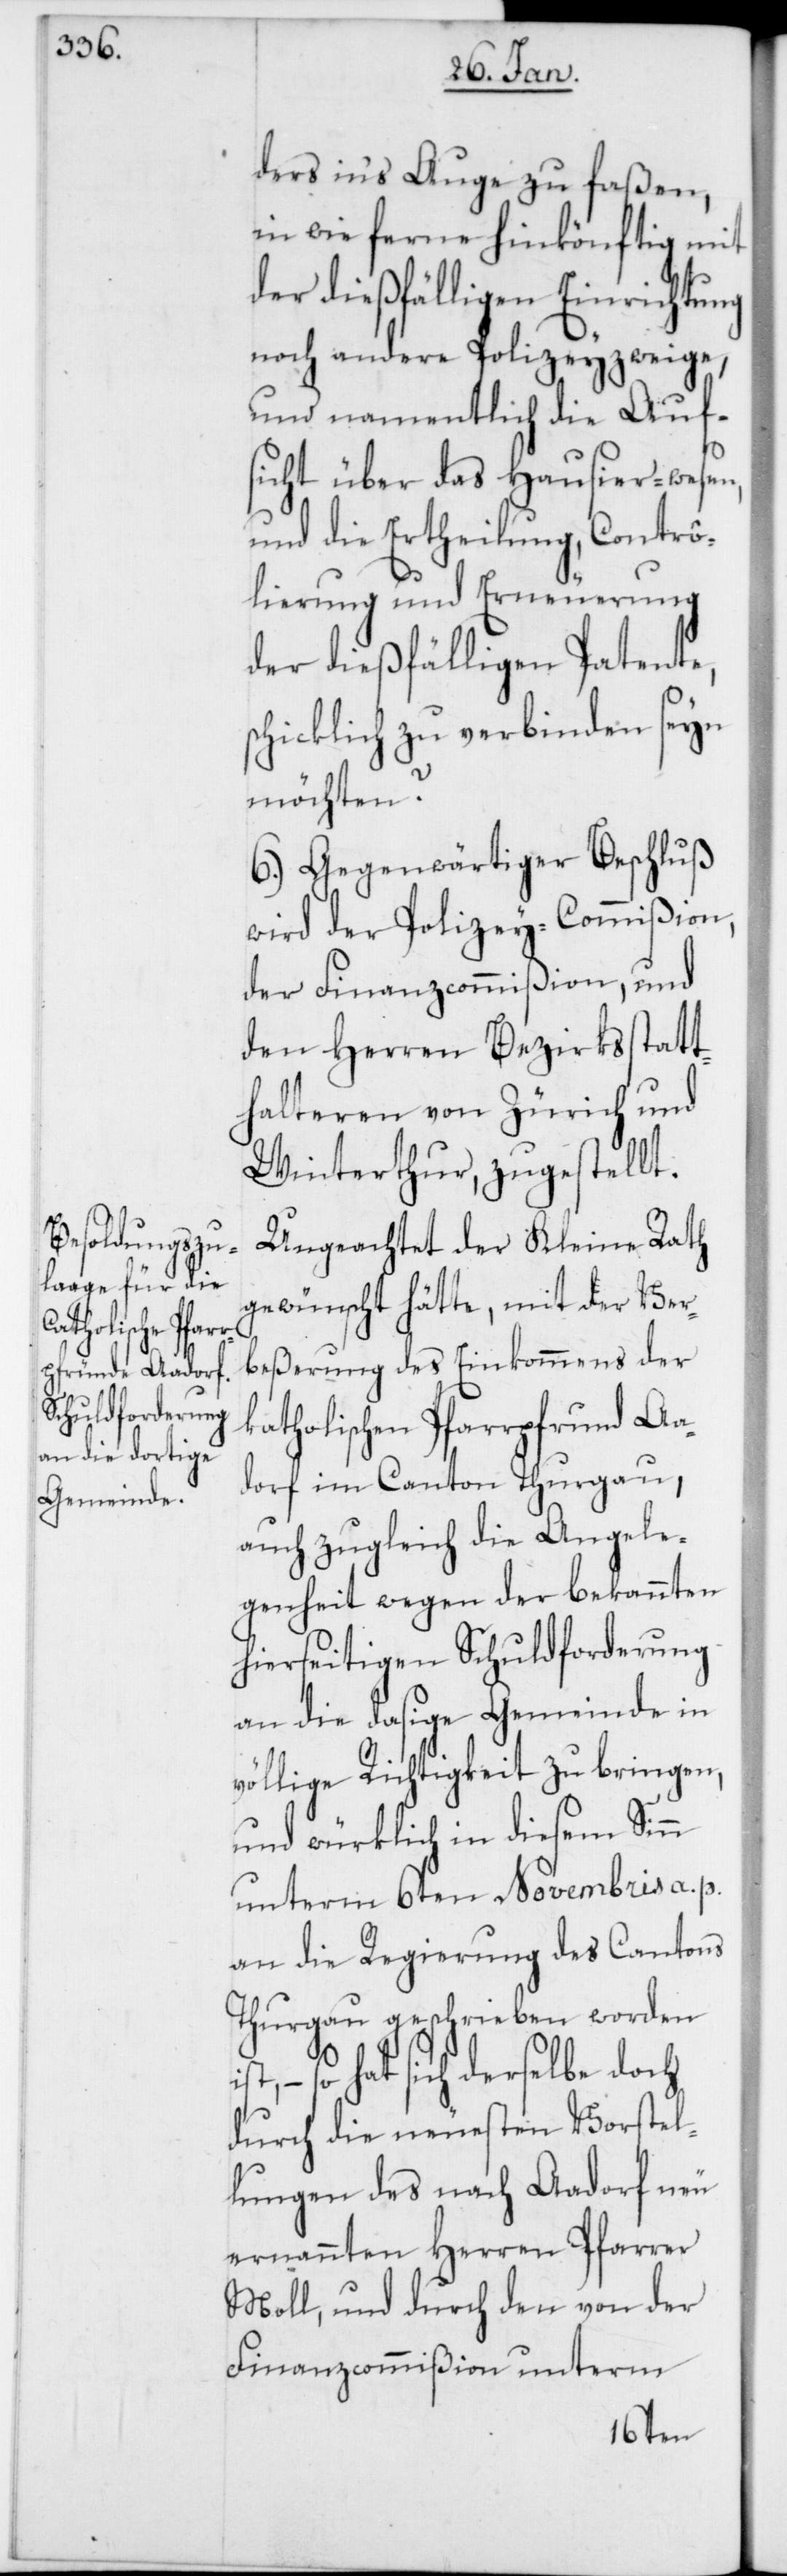
ders ins Auge zu faßen,
in wie fernere hinkönftig mit
der dießfälligen Einrichtung
noch andere Polizeyzweige,
und namentlich die Auf¬
sicht über das Hausier-wesen,
und die Ertheilung, Contrô¬
lierung und Erneuerung
der dießfälligen Patente,
schicklich zu verbinden seyn
möchten?
6.) Gegenwärtiger Beschluß
wird der Polizey-Commißion,
der Finanzcommißion, und
den Herren Bezirksstatt¬
halteren von Zürich und
Winterthur, zugestellt.
Ungeachtet der Kleine Rath
gewünscht hätte, mit der Ver¬
beßerung des Einkommens der
katholischen Pfarrpfrund Aa¬
dorf im Canton Thurgau,
auch zugleich die Angele¬
genheit wegen der bekannten
hierseitigen Schuldforderung
an die dasige Gemeinde in
völlige Richtigkeit zu bringen,
und würklich in diesem Sinn
unterm 6ten Novembris a. p.
an die Regierung des Cantons
Thurgau geschrieben worden
so hat sich derselbe doch
durch die neuesten Vorstel¬
lungen des nach Aardorf neu
ernannten Herren Pfarrer
Moll, und durch den von der
Finanzcommißion unterm